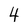
Character: 4